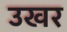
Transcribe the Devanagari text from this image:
उखर